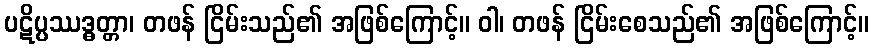
ပဋိပ္ပဿဒ္ဓတ္တာ၊ တဖန် ငြိမ်းသည်၏ အဖြစ်ကြောင့်။ ဝါ၊ တဖန် ငြိမ်းစေသည်၏ အဖြစ်ကြောင့်။